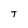
Character: T